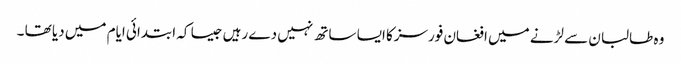
وہ طالبان سے لڑنے میں افغان فورسزکا ایسا ساتھ نہیں دے رہیں جیسا کہ ابتدائی ایام میں دیا تھا ۔